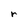
Character: r